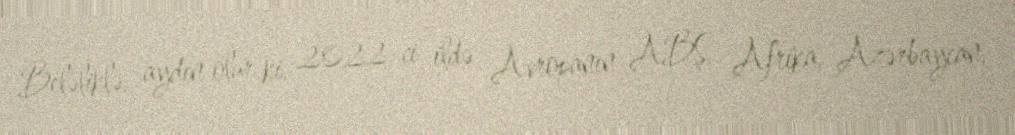
Beləliklə, aydın olur ki, 2022-ci ildə Avropanın ABŞ, Afrika, Azərbaycan,